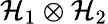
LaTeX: {\mathcal{H}}_{1}\otimes{\mathcal{H}}_{2}